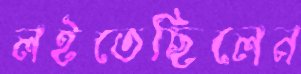
লইতেছিলেন